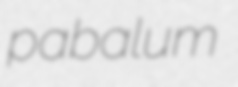
pabalum